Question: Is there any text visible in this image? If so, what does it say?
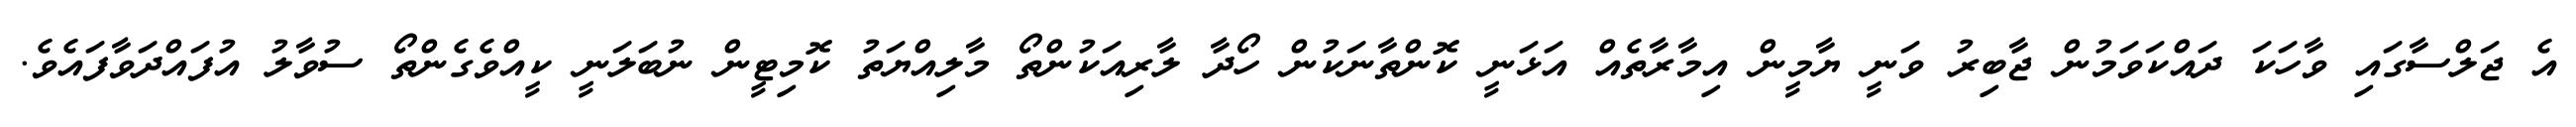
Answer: އެ ޖަލްސާގައި ވާހަކަ ދައްކަވަމުން ޖާބިރު ވަނީ ޔާމީން އިމާރާތެއް އަޅަނީ ކޮންތާނަކުން ހޯދާ ލާރިއަކުންތޯ މާލިއްޔަތު ކޮމިޓީން ނުބަލަނީ ކީއްވެގެންތޯ ސުވާލު އުފައްދަވާފައެވެ.